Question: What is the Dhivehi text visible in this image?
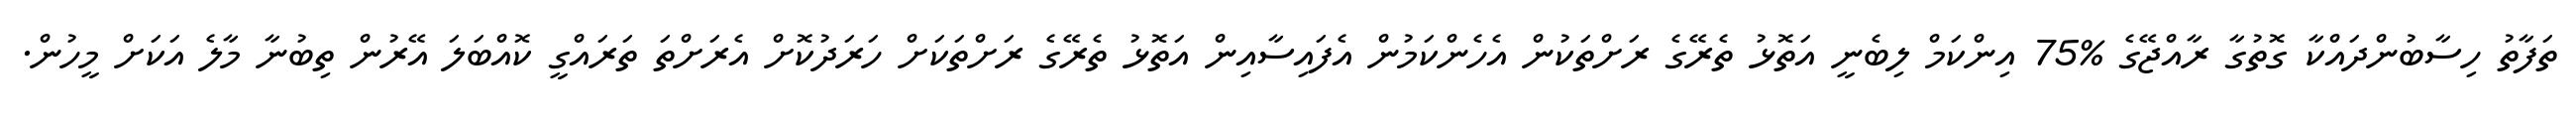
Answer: ތަފާތު ހިސާބުންދައްކާ ގޮތުގާ ރާއްޖޭގެ %75 އިންކަމް ލިބެނީ އަތޮޅު ތެރޭގެ ރަށްތަކުން އެހެންކަމުން އެފައިސާއިން އަތޮޅު ތެރޭގެ ރަށްތަކަށް ހަރަދުކޮށް އެރަށްތަ ތަރައްގީ ކޮއްބަލަ އޭރުން ތިބުނާ މާލެ އަކަށް މީހުން.